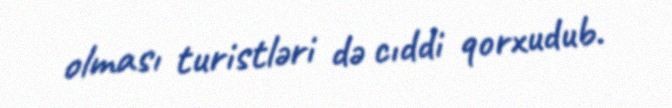
olması turistləri də cıddi qorxudub.